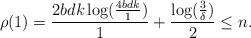
LaTeX: \begin{align*} \rho(1)=\frac{2bdk\log( \frac{4bdk}{1})}{1}+\frac{\log(\frac{3}{\delta})}{2}\leq n. \end{align*}